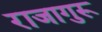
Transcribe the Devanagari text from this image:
राजागुरू